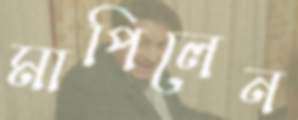
মাপিলেন